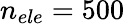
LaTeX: n_{ele}=500